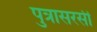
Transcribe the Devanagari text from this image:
पुत्रासरसी